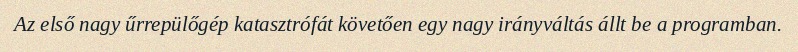
Az első nagy űrrepülőgép katasztrófát követően egy nagy irányváltás állt be a programban.